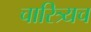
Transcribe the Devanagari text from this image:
चारित्र्यच